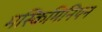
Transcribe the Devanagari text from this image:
मस्किमिनियन